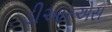
ડીઆરએસ